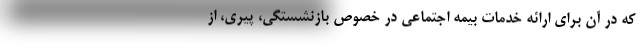
که در آن برای ارائه خدمات بیمه اجتماعی در خصوص بازنشستگی، پیری، از